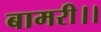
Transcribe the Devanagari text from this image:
बामरी।।